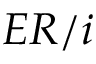
E R / i